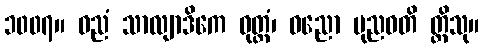
၁၀၀၇။ ဓညံ သာလျာဒိကေ ဝုတ္တံ၊ ဓညော ပုညဝတိ တ္တိသု။